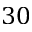
3 0